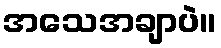
အသေအချာပဲ။